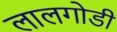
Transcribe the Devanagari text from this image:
लालगोडी